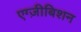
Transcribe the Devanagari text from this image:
एग्ज़ीबिशन